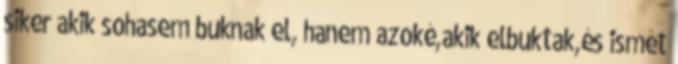
siker akik sohasem buknak el, hanem azoké,akik elbuktak,és ismét